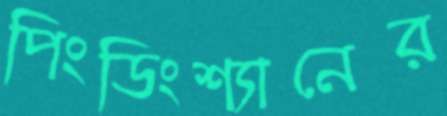
পিংডিংশ্যানের